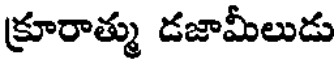
క్రూరాత్ము డజామీలుడు